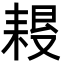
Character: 𦔀